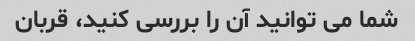
شما می توانید آن را بررسی کنید، قربان